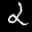
Label: 2